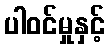
ပါဝင်မှုနှင့်